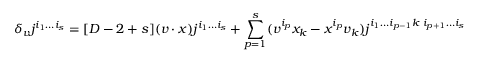
\delta _ { v } j ^ { i _ { 1 } \ldots i _ { s } } = [ D - 2 + s ] ( v \cdot x ) j ^ { i _ { 1 } \ldots i _ { s } } + \sum _ { p = 1 } ^ { s } ( v ^ { i _ { p } } x _ { k } - x ^ { i _ { p } } v _ { k } ) j ^ { i _ { 1 } \ldots i _ { p - 1 } k \; i _ { p + 1 } \ldots i _ { s } }